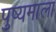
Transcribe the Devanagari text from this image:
पुष्यमाला